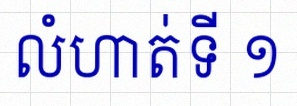
លំហាត់ទី ១